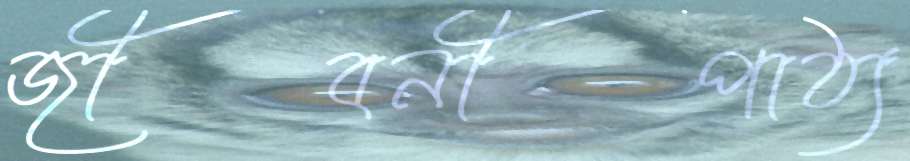
জীবনীপাঠ্য